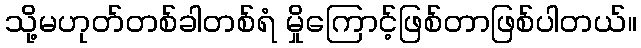
သို့မဟုတ်တစ်ခါတစ်ရံ မှိုကြောင့်ဖြစ်တာဖြစ်ပါတယ်။